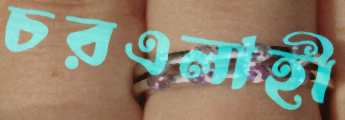
চরএলাহী